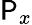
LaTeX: \mathsf{P}_{x}